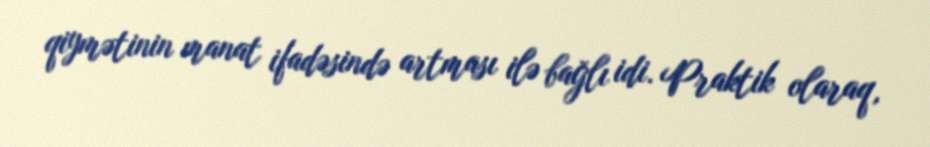
qiymətinin manat ifadəsində artması ilə bağlı idi. Praktik olaraq,